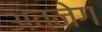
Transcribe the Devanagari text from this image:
अवनेग